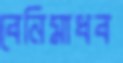
বেনিমাধব